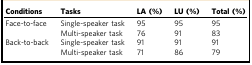
<table><thead><tr><td><b>Conditions</b></td><td><b>Tasks</b></td><td><b>LA (%)</b></td><td><b>LU (%)</b></td><td><b>Total (%)</b></td></tr></thead><tbody><tr><td rowspan="2">Face-to-face</td><td>Single-speaker task</td><td>95</td><td>95</td><td>95</td></tr><tr><td>Multi-speaker task</td><td>76</td><td>91</td><td>83</td></tr><tr><td rowspan="2">Back-to-back</td><td>Single-speaker task</td><td>91</td><td>91</td><td>91</td></tr><tr><td>Multi-speaker task</td><td>71</td><td>86</td><td>79</td></tr></tbody></table>